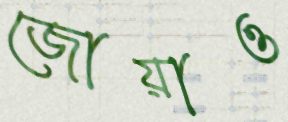
জোয়াও